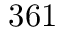
3 6 1